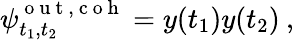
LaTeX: \psi_{t_{1},t_{2}}^{\mathrm{~o~u~t~,~c~o~h~}}=y(t_{1})y(t_{2})\: ,